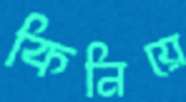
কিনিয়ে